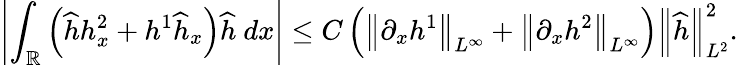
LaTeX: \left|\int_{\mathbb R}\left(\widehat{h}h_{x}^{2}+h^{1}\widehat{h}_{x}\right)\widehat{h}\ dx\right|\leq C\left(\left\| \partial_{x}h^{1}\right\| _{L^{\infty}}+\left\| \partial_{x}h^{2}\right\| _{L^{\infty}}\right)\left\| \widehat{h}\right\| _{L^{2}}^{2}.